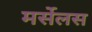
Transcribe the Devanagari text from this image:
मर्सेलस